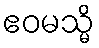
ဧဝမသ္မိ